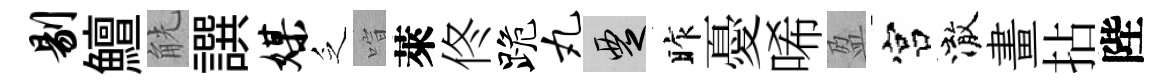
剔鱣觥譔媒乏喧萊佟跪丸覂昨憂唏盈宫澈畫拈陛